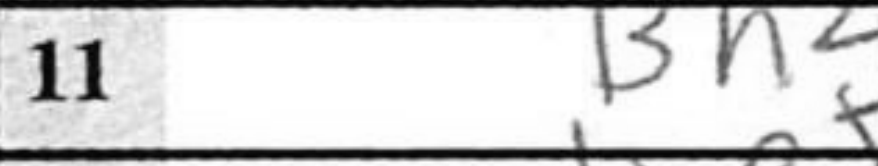
Transcription: Bh2